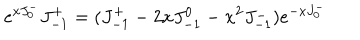
e ^ { x J _ { 0 } ^ { - } } J _ { - 1 } ^ { + } = ( J _ { - 1 } ^ { + } - 2 x J _ { - 1 } ^ { 0 } - x ^ { 2 } J _ { - 1 } ^ { - } ) e ^ { - x J _ { 0 } ^ { - } }